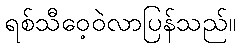
ရစ်သီဝေ့ဝဲလာပြန်သည်။